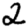
Digit: 2